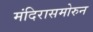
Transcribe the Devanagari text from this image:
मंदिरासमोरुन